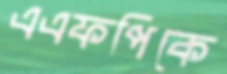
এএফপিকে